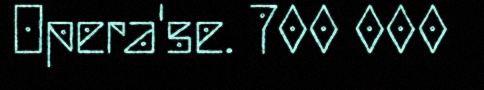
Opera'se. 700 000